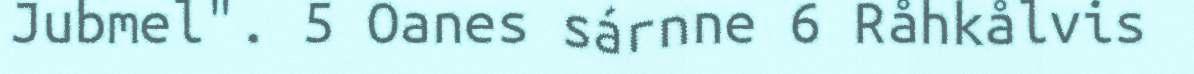
Jubmel". 5 Oanes sárnne 6 Råhkålvis